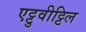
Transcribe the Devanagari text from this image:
एट्टुवीट्टिल